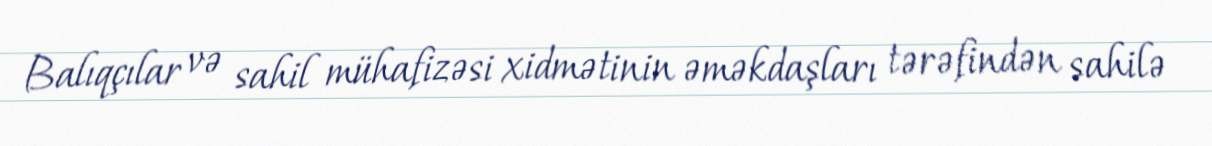
Balıqçılar və sahil mühafizəsi xidmətinin əməkdaşları tərəfindən sahilə